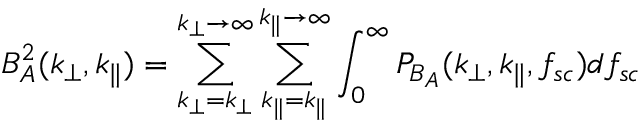
B _ { A } ^ { 2 } ( k _ { \perp } , k _ { \parallel } ) = \sum _ { k _ { \perp } = k _ { \perp } } ^ { k _ { \perp } \rightarrow \infty } \sum _ { k _ { \parallel } = k _ { \parallel } } ^ { k _ { \parallel } \rightarrow \infty } \int _ { 0 } ^ { \infty } P _ { B _ { A } } ( k _ { \perp } , k _ { \parallel } , f _ { s c } ) d f _ { s c }